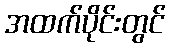
အထက်ပိုင်းတွင်